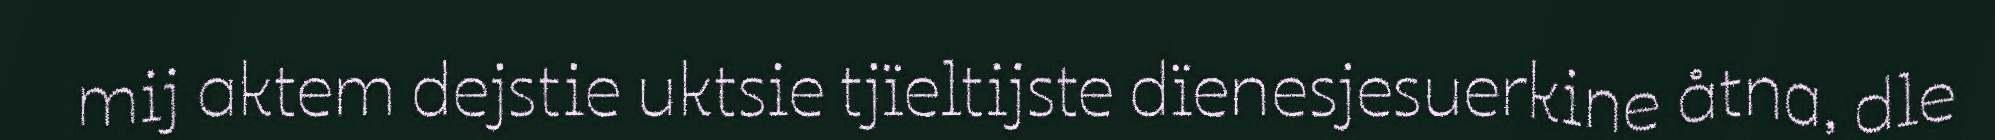
mij aktem dejstie uktsie tjïeltijste dïenesjesuerkine åtna, dle